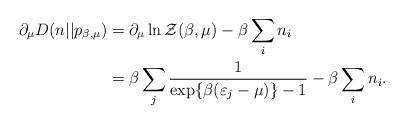
LaTeX: \begin{align*}\partial_\mu D(n||p_{\beta,\mu}) &= \partial_\mu \ln \mathcal{Z}(\beta,\mu) - \beta\sum_i n_i \\&= \beta \sum_j\frac{1}{ \exp\{\beta(\varepsilon_j - \mu)\}-1} - \beta\sum_i n_i. \end{align*}